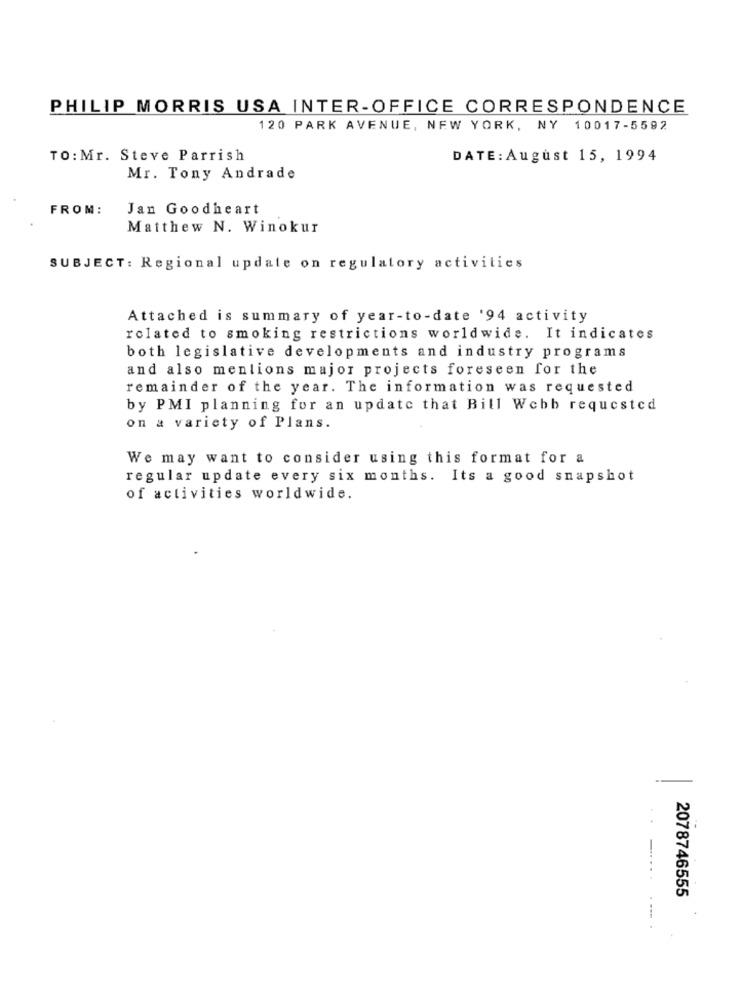
PHILIP MORRIS USA INTER-OFFICE CORRESPONDENCE
120 PARK AVENUE, NEW YORK, NY 10017-5592
TO: Mr. Steve Parrish
DATE: August 15, 1994
Mr. Tony Andrade
FROM:
Jan Goodheart
Matthew N. Winokur
SUBJECT: Regional update on regulatory activities
Attached is summary of year-to-date '94 activity
related to smoking restrictions worldwide. It indicates
both legislative developments and industry programs
and also mentions major projects foreseen for the
remainder of the year. The information was requested
by PMI planning for an update that Bill Webb requested
on a variety of Plans.
We may want to consider using this format for a
regular update every six months. Its a good snapshot
of activities worldwide.
-
2078746555